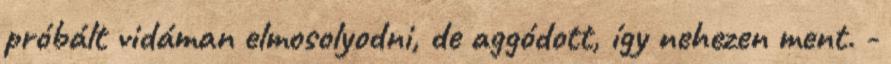
próbált vidáman elmosolyodni, de aggódott, így nehezen ment. -